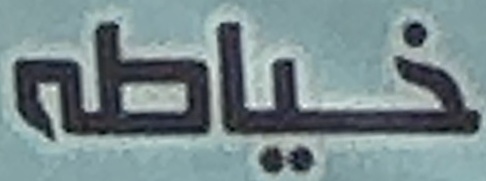
خياطه